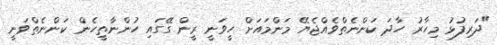
"ދަރިފުޅު މިހާރު ހާދަ ކަންނެތްވެއްޖެޔޭ މަންމައަށް ހީވަނީ ރީން ގޭގައި ހުންނާތީހެން ކަންނެތްވަނީ